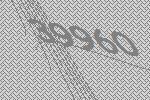
39960